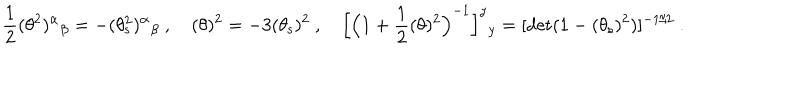
LaTeX: \frac { 1 } { 2 } ( \theta ^ { 2 } ) ^ { \alpha } { } _ { \beta } = - ( \theta _ { \mathrm { s } } ^ { 2 } ) ^ { \alpha } { } _ { \beta } \ , \quad ( \theta ) ^ { 2 } = - 3 ( \theta _ { \mathrm { s } } ) ^ { 2 } \ , \quad \Big [ \Big ( 1 + \frac { 1 } { 2 } ( \theta ) ^ { 2 } \Big ) ^ { - 1 } \Big ] ^ { y } { } _ { y } = [ \mathrm { d e t } ( 1 - ( \theta _ { \mathrm { s } } ) ^ { 2 } ) ] ^ { - 1 / 2 } \ .